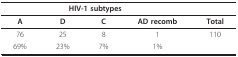
<table><thead><tr><td colspan="4"><b>HIV-1 subtypes</b></td><td></td></tr></thead><tbody><tr><td><b>A</b></td><td><b>D</b></td><td><b>C</b></td><td><b>AD recomb</b></td><td><b>Total</b></td></tr><tr><td>76</td><td>25</td><td>8</td><td>1</td><td>110</td></tr><tr><td>69%</td><td>23%</td><td>7%</td><td>1%</td><td></td></tr></tbody></table>